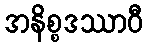
အနိစ္စဒဿာဝီ